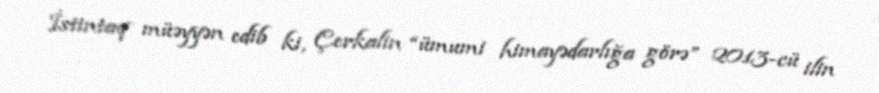
İstintaq müəyyən edib ki, Çerkalin “ümumi himayədarlığa görə” 2013-cü ilin